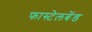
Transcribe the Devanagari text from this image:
फास्टेलबेंड